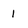
Character: 1